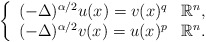
\begin{align*} \left\{\begin{array}{cl} (-\Delta)^{\alpha/2} u(x) = v(x)^q & \mathbb{R}^n, \\ (-\Delta)^{\alpha/2} v(x) = u(x)^p & \mathbb{R}^n. \end{array}\right.\end{align*}